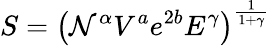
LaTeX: S=\left(\mathcal{N}^{\alpha}V^{a}e^{2b}E^{\gamma}\right)^{\frac{{1}}{{1+\gamma}}}